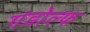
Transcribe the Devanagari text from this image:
गंडोल्फ